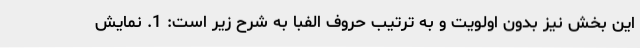
این بخش نیز بدون اولویت و به ترتیب حروف الفبا به شرح زیر است: 1. نمایش